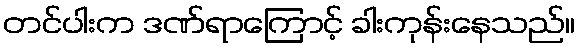
တင်ပါးက ဒဏ်ရာကြောင့် ခါးကုန်းနေသည်။